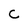
Character: C